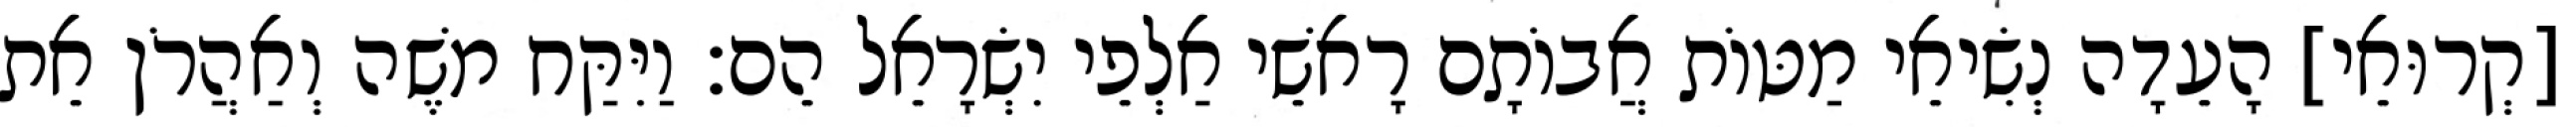
[קְרוּאֵי] הָעֵדָה נְשִׂיאֵי מַטּוֹת אֲבוֹתָם רָאשֵׁי אַלְפֵי יִשְׂרָאֵל הֵם׃ וַיִּקַּח משֶׁה וְאַהֲרֹן אֵת